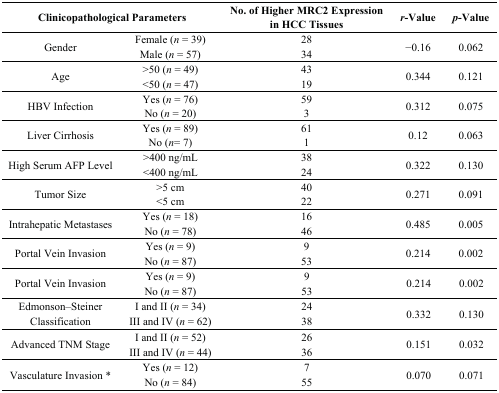
| <COLSPAN=2> Clinicopathological Parameters | No. of Higher MRC2 Expression in HCC Tissues | r-Value | p-Value |
 | --- | --- | --- | --- | --- |
 | <ROWSPAN=2> Gender | Female (n = 39) | 28 | <ROWSPAN=2> −0.16 | <ROWSPAN=2> 0.062 |
 | Male (n = 57) | 34 |
 | <ROWSPAN=2> Age | >50 (n = 49) | 43 | <ROWSPAN=2> 0.344 | <ROWSPAN=2> 0.121 |
 | <50 (n = 47) | 19 |
 | <ROWSPAN=2> HBV Infection | Yes (n = 76) | 59 | <ROWSPAN=2> 0.312 | <ROWSPAN=2> 0.075 |
 | No (n = 20) | 3 |
 | <ROWSPAN=2> Liver Cirrhosis | Yes (n = 89) | 61 | <ROWSPAN=2> 0.12 | <ROWSPAN=2> 0.063 |
 | No (n = 7) | 1 |
 | <ROWSPAN=2> High Serum AFP Level | >400 ng/mL | 38 | <ROWSPAN=2> 0.322 | <ROWSPAN=2> 0.130 |
 | <400 ng/mL | 24 |
 | <ROWSPAN=2> Tumor Size | >5 cm | 40 | <ROWSPAN=2> 0.271 | <ROWSPAN=2> 0.091 |
 | <5 cm | 22 |
 | <ROWSPAN=2> Intrahepatic Metastases | Yes (n = 18) | 16 | <ROWSPAN=2> 0.485 | <ROWSPAN=2> 0.005 |
 | No (n = 78) | 46 |
 | <ROWSPAN=2> Portal Vein Invasion | Yes (n = 9) | 9 | <ROWSPAN=2> 0.214 | <ROWSPAN=2> 0.002 |
 | No (n = 87) | 53 |
 | <ROWSPAN=2> Portal Vein Invasion | Yes (n = 9) | 9 | <ROWSPAN=2> 0.214 | <ROWSPAN=2> 0.002 |
 | No (n = 87) | 53 |
 | <ROWSPAN=2> Edmonson–Steiner Classification | I and II (n = 34) | 24 | <ROWSPAN=2> 0.332 | <ROWSPAN=2> 0.130 |
 | III and IV (n = 62) | 38 |
 | <ROWSPAN=2> Advanced TNM Stage | I and II (n = 52) | 26 | <ROWSPAN=2> 0.151 | <ROWSPAN=2> 0.032 |
 | III and IV (n = 44) | 36 |
 | <ROWSPAN=2> Vasculature Invasion * | Yes (n = 12) | 7 | <ROWSPAN=2> 0.070 | <ROWSPAN=2> 0.071 |
 | No (n = 84) | 55 |